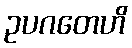
ဥပဂတေဟိ